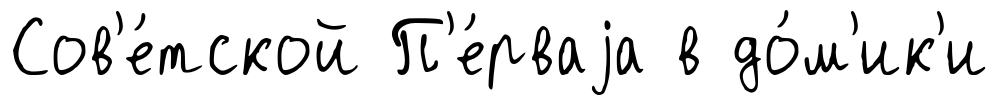
Сов'е́тской П'е́рваjа в до́м'ик'и